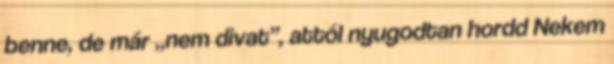
benne, de már „nem divat”, attól nyugodtan hordd Nekem